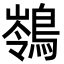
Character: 䳥